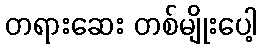
တရားဆေး တစ်မျိုးပေါ့